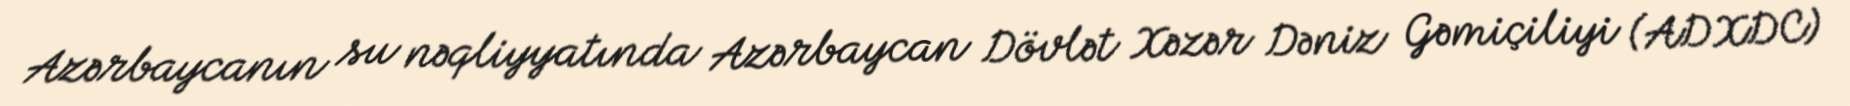
Azərbaycanın su nəqliyyatında Azərbaycan Dövlət Xəzər Dəniz Gəmiçiliyi (ADXDC)